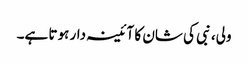
ولی، نبی کی شان کا آئینہ دار ہوتا ہے۔